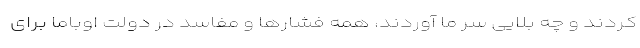
کردند و چه بلایی سر ما آوردند، همه فشارها و مفاسد در دولت اوباما برای